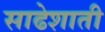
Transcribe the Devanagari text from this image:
साढेशाती